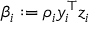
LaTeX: \beta _ { i } : = \rho _ { i } y _ { i } ^ { \top } z _ { i }